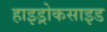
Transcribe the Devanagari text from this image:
हाइड्रोकसाइड